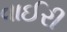
વાઈરી